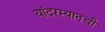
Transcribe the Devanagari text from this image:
यांदरम्यानची